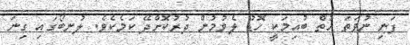
ފަނި ނުވަތަ ހުތް ބުއިމަކީ ހޮޑު ލެވުމުން ދުރުކޮށްދޭ ކަމެކެވެ. ލުނބޯގައި ގިނަ